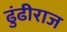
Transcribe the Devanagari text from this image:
ढुंढीराज